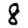
Digit: 8